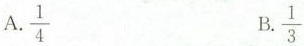
A. \frac{1}{4} B.\frac{1}{3}